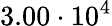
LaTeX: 3.00\cdot 10^{4}